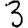
Digit: 3